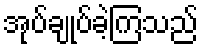
အုပ်ချုပ်ခဲ့ကြသည်